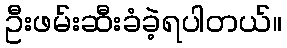
ဦးဖမ်းဆီးခံခဲ့ရပါတယ်။